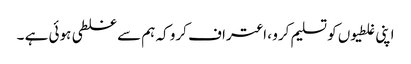
اپنی غلطیوں کو تسلیم کرو ، اعتراف کرو کہ ہم سے غلطی ہوئی ہے ۔